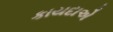
કાયદાએ